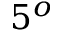
5 ^ { o }